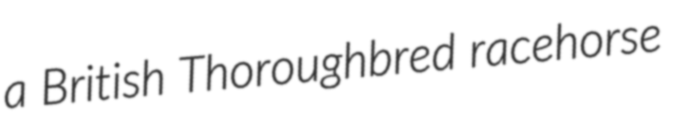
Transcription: a British Thoroughbred racehorse